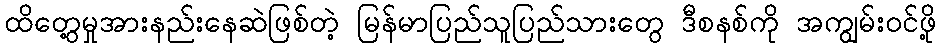
ထိတွေ့မှုအားနည်းနေဆဲဖြစ်တဲ့ မြန်မာပြည်သူပြည်သားတွေ ဒီစနစ်ကို အကျွမ်းဝင်ဖို့